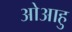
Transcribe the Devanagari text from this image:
ओआहु